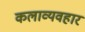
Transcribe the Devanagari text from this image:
कलाव्यवहार